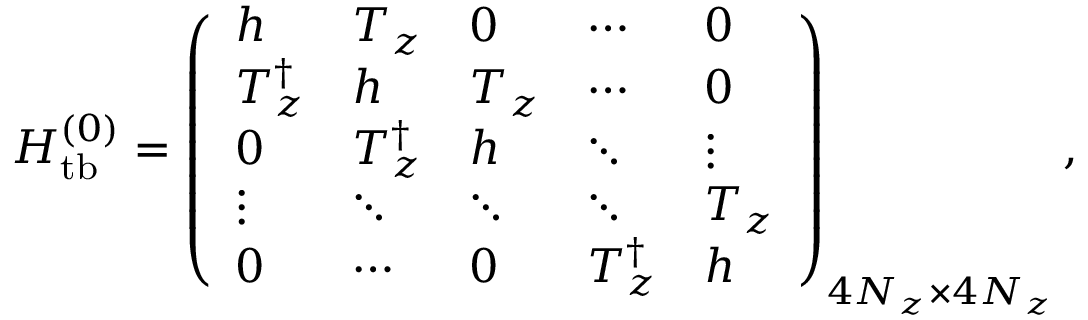
\begin{array} { r } { { \cal H } _ { \mathrm { t b } } ^ { ( 0 ) } = \left( \begin{array} { l l l l l } { h } & { T _ { z } } & { 0 } & { \cdots } & { 0 } \\ { T _ { z } ^ { \dagger } } & { h } & { T _ { z } } & { \cdots } & { 0 } \\ { 0 } & { T _ { z } ^ { \dagger } } & { h } & { \ddots } & { \vdots } \\ { \vdots } & { \ddots } & { \ddots } & { \ddots } & { T _ { z } } \\ { 0 } & { \cdots } & { 0 } & { T _ { z } ^ { \dagger } } & { h } \end{array} \right) _ { 4 N _ { z } \times 4 N _ { z } } , } \end{array}